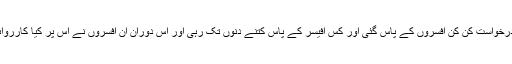
میری درخواست کن کن افسروں کے پاس گئی اور کس آفیسر کے پاس کتنے دنوں تک رہی اور اس دوران ان افسروں نے اس پر کیا کارروائی کی؟